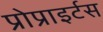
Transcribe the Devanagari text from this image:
प्रोप्राइर्टस